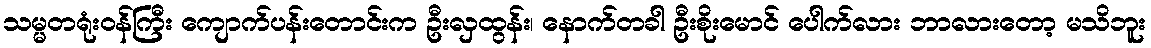
သမ္မတရုံးဝန်ကြီး ကျောက်ပန်းတောင်းက ဦးလှထွန်း၊ နောက်တခါ ဦးစိုးမောင် ပေါက်လား ဘာလားတော့ မသိဘူး